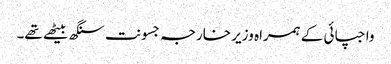
واجپائی کے ہمراہ وزیر خارجہ جسونت سنگھ بیٹھے تھے۔